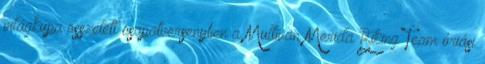
világkupa összetett csapatversenyben a Multivan Merida Biking Team óriási